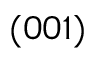
( 0 0 1 )